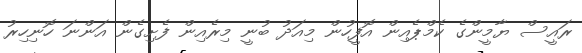
ރައީސް ޔާމީންގެ ކެމްޕެއިން އޮފީހުން މިއަދު ބުނީ މިރެއިން ފެށިގެން އަންނަ ހޮނިހިރު